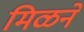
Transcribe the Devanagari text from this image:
मिळने